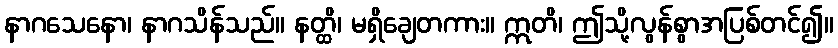
နာဂသေနော၊ နာဂသိန်သည်။ နတ္ထိ၊ မရှိချေတကား။ ဣတိ၊ ဤသို့လွန်စွာအပြစ်တင်၍။